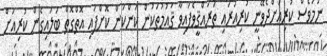
ނަމަވެސް ކުރިއަށްދެވޭނީ ކުރިއަރައި ތަރައްޤީވެފައިވާ ޤައުމުތަކުން ކަންކަން ކޮށްފައި އޮތްގޮތް ބަލައިގެން ކުރިއަށް